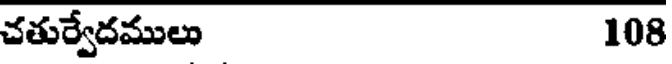
చతుర్వేదములు 108